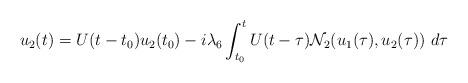
LaTeX: \begin{align*}u_2(t) = U(t-t_0)u_2(t_0) - i \lambda_6 \int^t_{t_0} U(t-\tau) \mathcal{N}_2(u_1 (\tau), u_2(\tau)) \ d\tau\end{align*}